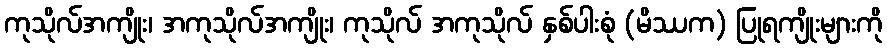
ကုသိုလ်အကျိုး၊ အကုသိုလ်အကျိုး၊ ကုသိုလ် အကုသိုလ် နှစ်ပါးစုံ (မိဿက) ပြုရကျိုးများကို